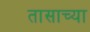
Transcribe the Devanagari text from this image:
तासाच्‍या